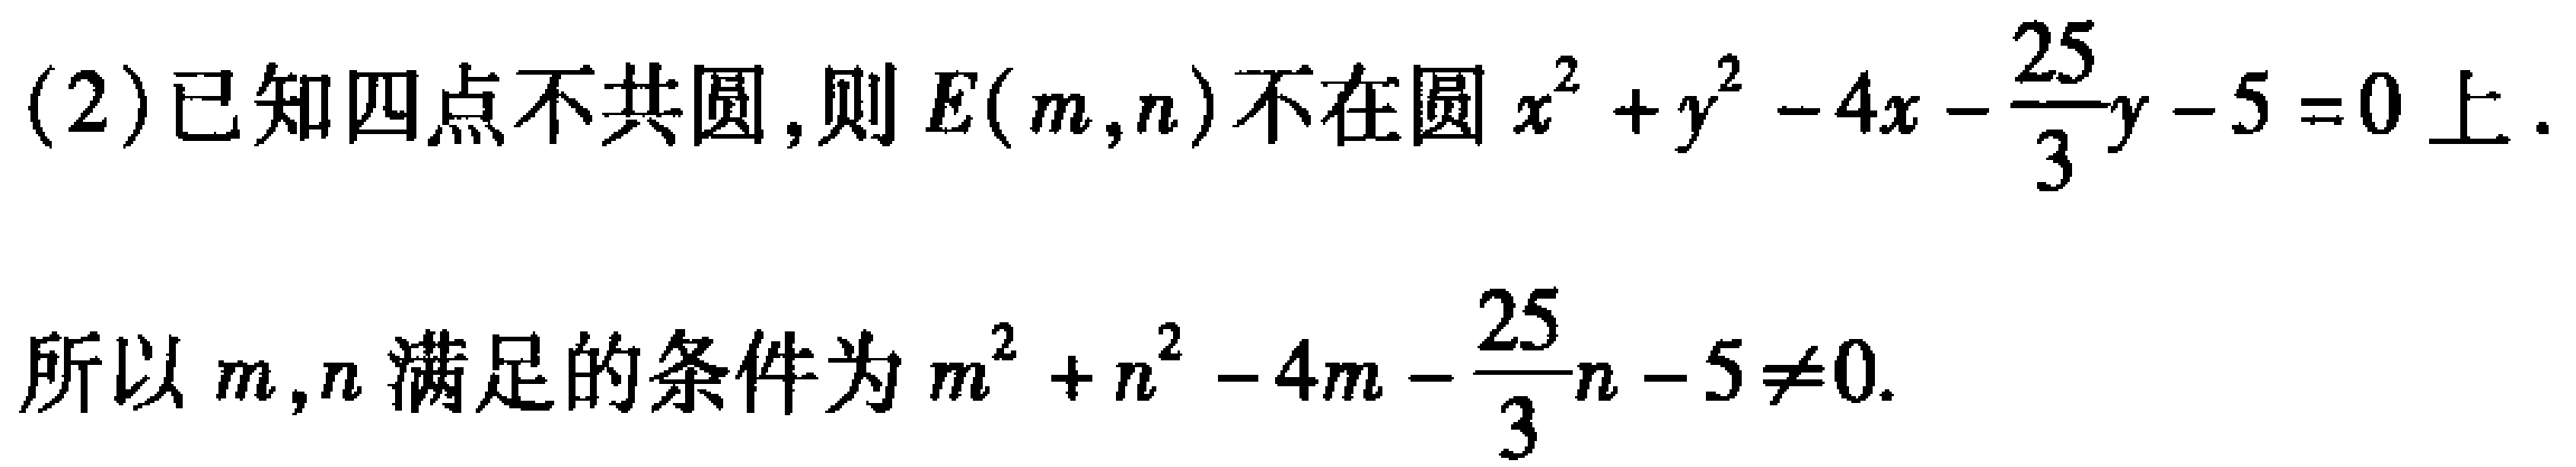
(2)已知四点不共圆,则\(E(m,n)\)不在圆\(x^{2}+y^{2}-4x - \frac{25}{3}y - 5 = 0\)上.
所以\(m,n\)满足的条件为\(m^{2}+n^{2}-4m - \frac{25}{3}n - 5\neq0\).